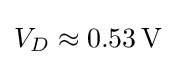
V_{D}\approx 0.53\,{\text{V}}